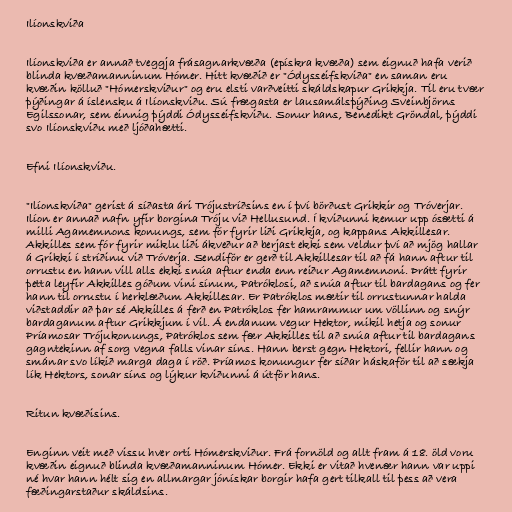
Ilíonskviða

Ilíonskviða er annað tveggja frásagnarkvæða (epískra kvæða) sem eignuð hafa verið
blinda kvæðamanninum Hómer. Hitt kvæðið er "Ódysseifskviða" en saman eru
kvæðin kölluð "Hómerskviður" og eru elsti varðveitti skáldskapur Grikkja. Til eru tvær
þýðingar á íslensku á Ilíonskviðu. Sú frægasta er lausamálsþýðing Sveinbjörns
Egilssonar, sem einnig þýddi Ódysseifskviðu. Sonur hans, Benedikt Gröndal, þýddi
svo Ilíonskviðu með ljóðahætti.

Efni Ilíonskviðu.

"Ilíonskviða" gerist á síðasta ári Trójustríðsins en í því börðust Grikkir og Tróverjar.
Ilíon er annað nafn yfir borgina Tróju við Hellusund. Í kviðunni kemur upp ósætti á
milli Agamemnons konungs, sem fór fyrir liði Grikkja, og kappans Akkillesar.
Akkilles sem fór fyrir miklu liði ákveður að berjast ekki sem veldur því að mjög hallar
á Grikki í stríðinu við Tróverja. Sendiför er gerð til Akkillesar til að fá hann aftur til
orrustu en hann vill alls ekki snúa aftur enda enn reiður Agamemnoni. Þrátt fyrir
þetta leyfir Akkilles góðum vini sínum, Patróklosi, að snúa aftur til bardagans og fer
hann til orrustu í herklæðum Akkillesar. Er Patróklos mætir til orrustunnar halda
viðstaddir að þar sé Akkilles á ferð en Patróklos fer hamrammur um völlinn og snýr
bardaganum aftur Grikkjum í vil. Á endanum vegur Hektor, mikil hetja og sonur
Príamosar Trójukonungs, Patróklos sem fær Akkilles til að snúa aftur til bardagans
gagntekinn af sorg vegna falls vinar síns. Hann berst gegn Hektori, fellir hann og
smánar svo líkið marga daga í röð. Príamos konungur fer síðar háskaför til að sækja
lík Hektors, sonar síns og lýkur kviðunni á útför hans.

Ritun kvæðisins.

Enginn veit með vissu hver orti Hómerskviður. Frá fornöld og allt fram á 18. öld voru
kvæðin eignuð blinda kvæðamanninum Hómer. Ekki er vitað hvenær hann var uppi
né hvar hann hélt sig en allmargar jónískar borgir hafa gert tilkall til þess að vera
fæðingarstaður skáldsins.